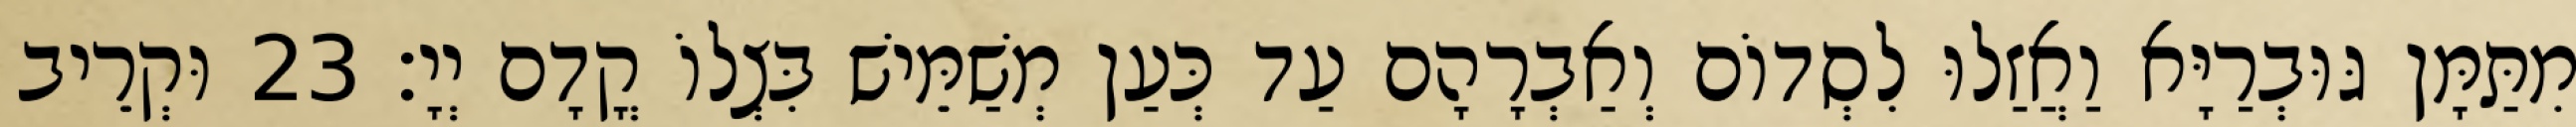
מִתַּמָּן גּוּבְרַיָּא וַאֲזַלוּ לִסְדוֹם וְאַבְרָהָם עַד כְּעַן מְשַׁמֵּישׁ בִּצְלוֹ קֳדָם יְיָ׃ 23 וּקְרֵיב